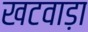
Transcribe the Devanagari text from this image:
खटवाड़ा